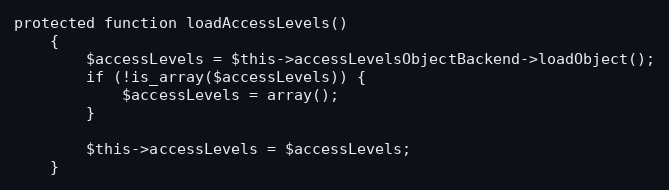
Language: PHP
protected function loadAccessLevels()
    {
        $accessLevels = $this->accessLevelsObjectBackend->loadObject();
        if (!is_array($accessLevels)) {
            $accessLevels = array();
        }

        $this->accessLevels = $accessLevels;
    }